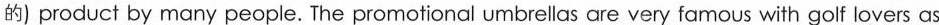
的) product by many people. The pro motional umbrellas are very famous with golf lovers as